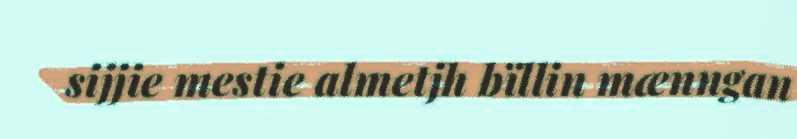
sijjie mestie almetjh bïllin mænngan